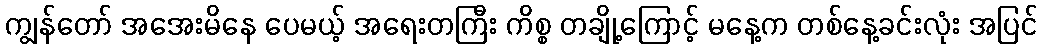
ကျွန်တော် အအေးမိနေ ပေမယ့် အရေးတကြီး ကိစ္စ တချို့ကြောင့် မနေ့က တစ်နေ့ခင်းလုံး အပြင်